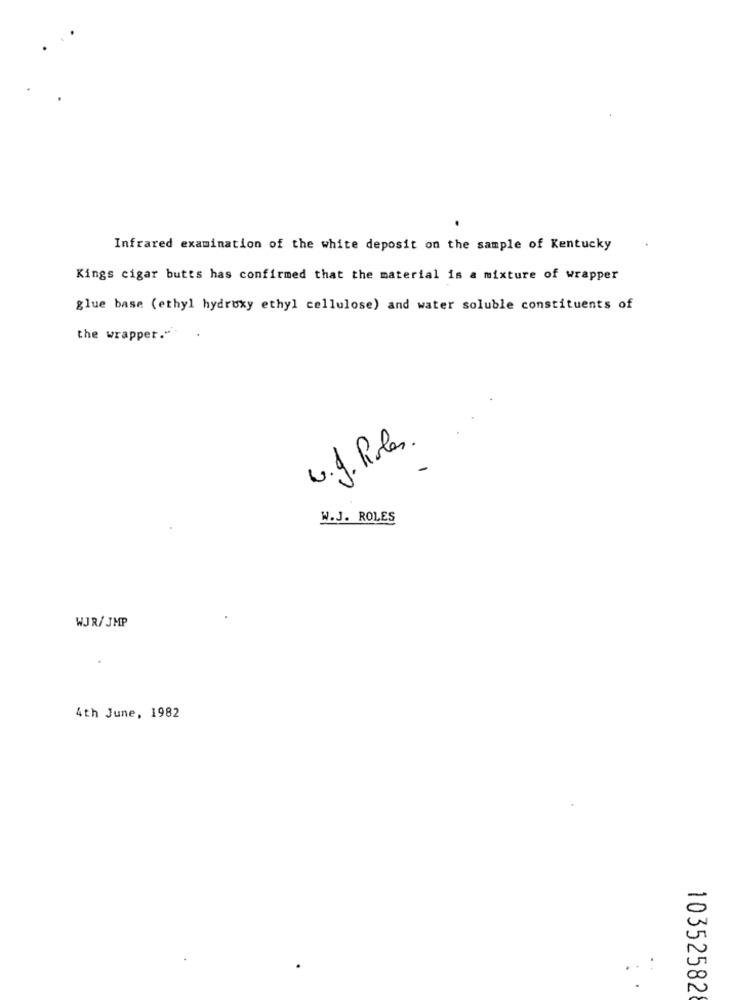
Infrared examination of the white deposit on the sample of Kentucky
Kings cigar butts has confirmed that the material is a mixture of wrapper
glue base (ethyl hydroxy ethyl cellulose) and water soluble constituents of
the wrapper."
6.J. Roles .
W.J. ROLES
WJR/ JMP
4th June, 1982
103525828